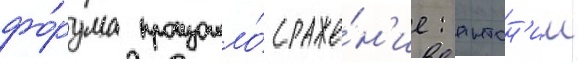
фо́рума произошло́ сраже́н'ие: антон'ии